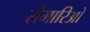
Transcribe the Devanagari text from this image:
रोमारिओ